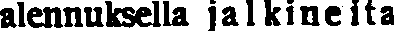
alennuksella jalkineita